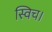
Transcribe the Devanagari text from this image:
स्विच।